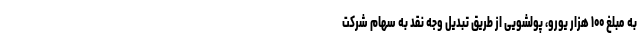
به مبلغ ۱۰۰ هزار یورو، پولشویی از طریق تبدیل وجه نقد به سهام شرکت